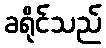
ခရိုင်သည်